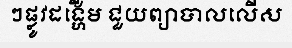
ៗផ្លូវដង្ហើម ជួយព្យាបាលលើស